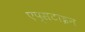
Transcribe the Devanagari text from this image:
एप्सटाइन